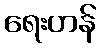
ရေးဟန်